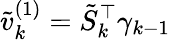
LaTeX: \tilde{v}_{k}^{(1)}=\tilde{S}_{k}^{\top}\gamma_{k-1}